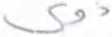
ذوي